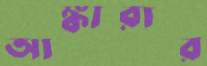
আঙ্কারার